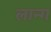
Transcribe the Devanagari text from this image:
लान्ग